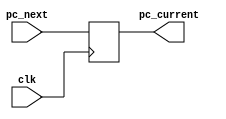
module PC(
    input clk,
    input [31:0] pc_next,
    output reg [31:0] pc_current
);
    initial begin
        pc_current = 32'b0;
    end
    always @(posedge clk) begin
        pc_current = pc_next;
    end
endmodule
module nextPC (
    input [31:0] pc_current,
    input [31:0] immediate,
    input branch,
    input zero,
    input bne,
    output [31:0] pc_next
    
);
    wire sel;
    assign sel = (bne)? (branch & ~zero): (branch & zero);
    Mux32bit uut (pc_current + 1, pc_current + (immediate >> 1), sel, pc_next);
endmodule